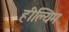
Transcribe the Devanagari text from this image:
हील्यिम